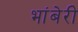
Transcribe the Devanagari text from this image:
भांबेरी